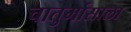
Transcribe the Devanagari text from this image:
चातुर्मासाला